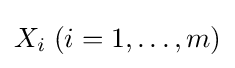
X_{i}\;(i=1,\dots ,m)